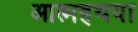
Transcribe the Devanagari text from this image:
आत्महथया